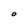
Character: O